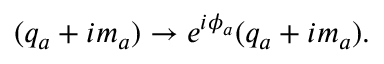
( q _ { a } + i m _ { a } ) \rightarrow e ^ { i \phi _ { a } } ( q _ { a } + i m _ { a } ) .